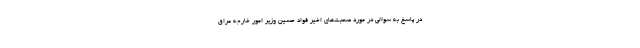
در پاسخ به سوالی در مورد صحبت‌های اخیر فواد حسین وزیر امور خارجه عراق